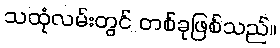
သထုံလမ်းတွင် တစ်ခုဖြစ်သည်။